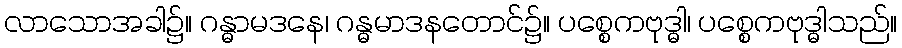
လာသောအခါ၌။ ဂန္ဓာမဒနေ၊ ဂန္ဓမာဒနတောင်၌။ ပစ္စေကဗုဒ္ဓါ၊ ပစ္စေကဗုဒ္ဓါသည်။